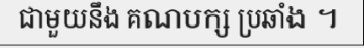
ជាមួយនឹង គណបក្ស ប្រឆាំង ។